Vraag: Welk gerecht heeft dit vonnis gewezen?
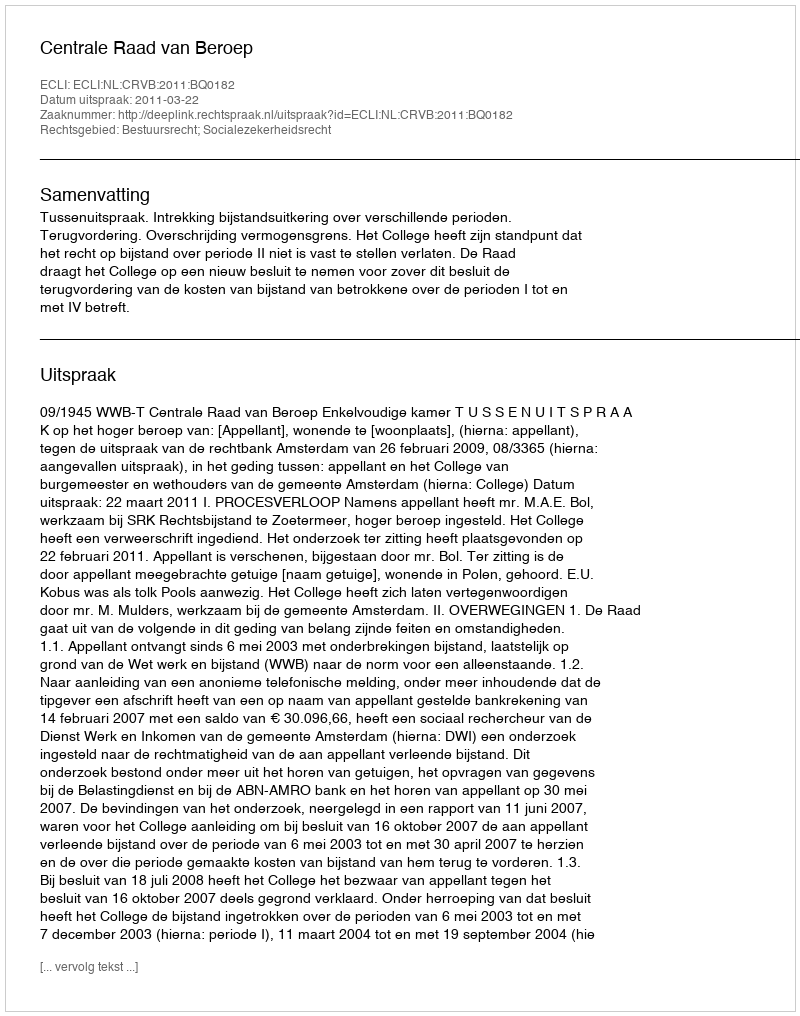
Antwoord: Centrale Raad van Beroep